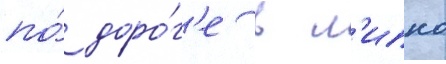
по́ доро́г'е в л'ипно